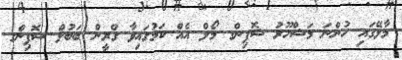
މާލޭގައި ހުންނަ މަޝްހޫރު ޝޮޕިންގ މޯލް އެއް ކަމުގައިވާ ގްރީން ބަބުލް ޝޮޕިންގ